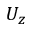
U _ { z }